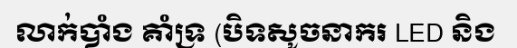
លាក់បាំង គាំទ្រ (បិទសូចនាករ LED និង